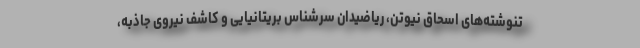
تنوشته‌های اسحاق نیوتن، ریاضیدان سرشناس بریتانیایی و کاشف نیروی جاذبه،